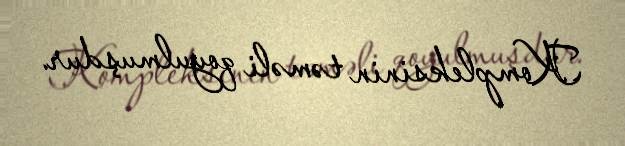
Kompleksinin təməli qoyulmuşdur.